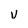
Character: v